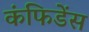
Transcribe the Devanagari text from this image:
कंफिडेंस